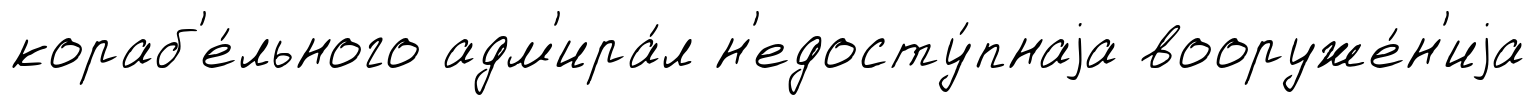
кораб'е́льного адм'ира́л н'едосту́пнаjа вооруже́н'иjа